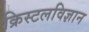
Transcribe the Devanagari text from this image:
क्रिस्टलविज्ञान